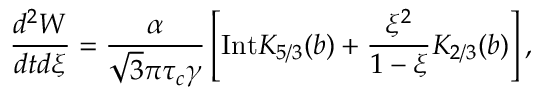
\frac { d ^ { 2 } W } { d t d \xi } = \frac { \alpha } { \sqrt { 3 } \pi \tau _ { c } \gamma } \left[ \mathrm { I n t } K _ { 5 / 3 } ( b ) + \frac { \xi ^ { 2 } } { 1 - \xi } K _ { 2 / 3 } ( b ) \right] ,